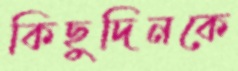
কিছুদিনকে